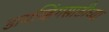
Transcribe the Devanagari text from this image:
डायव्हिंगसाठीच्या